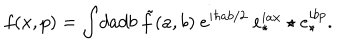
LaTeX: f ( x , p ) = \int \! d a d b ~ \tilde { f } ( a , b ) ~ e ^ { i \hbar a b / 2 } ~ e _ { \star } ^ { i a x } \star e _ { \star } ^ { i b p } .